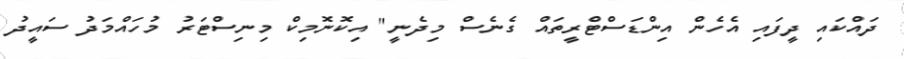
ދައްކައި ދީފައި އެހެން އިންޑަސްޓްރީތައް ގެނެސް މިދެނީ" އިކޮނޮމިކް މިނިސްޓަރު މުހައްމަދު ސައީދު